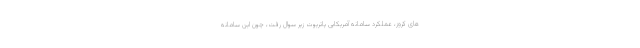
های کروز، عملکرد سامانه آمریکایی پاتریوت زیر سوال رفت، چون این سامانه